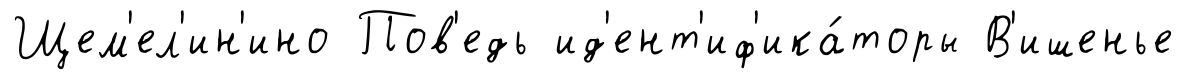
Щем'ел'ин'ино Пов'едь ид'ент'иф'ика́торы В'ишенье